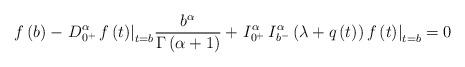
LaTeX: \begin{align*}f\left( b \right) - {\left. {D_{{0^ + }}^\alpha \,f\left( t \right)} \right|_{t = b}}\frac{{{b^\alpha }}}{{\Gamma \left( {\alpha + 1} \right)}} + {\left. {I_{{0^ + }}^\alpha \,I_{{b^ - }}^\alpha \left(\lambda + q \left(t\right) \right)f\left( t \right)} \right|_{t = b}} = 0\end{align*}